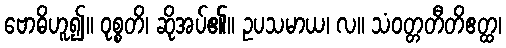
ဗောဓိဟူ၍။ ဝုစ္စတိ၊ ဆိုအပ်၏။ ဥပသမာယ၊ လ။ သံဝတ္တတီတိဧတ္ထ၊